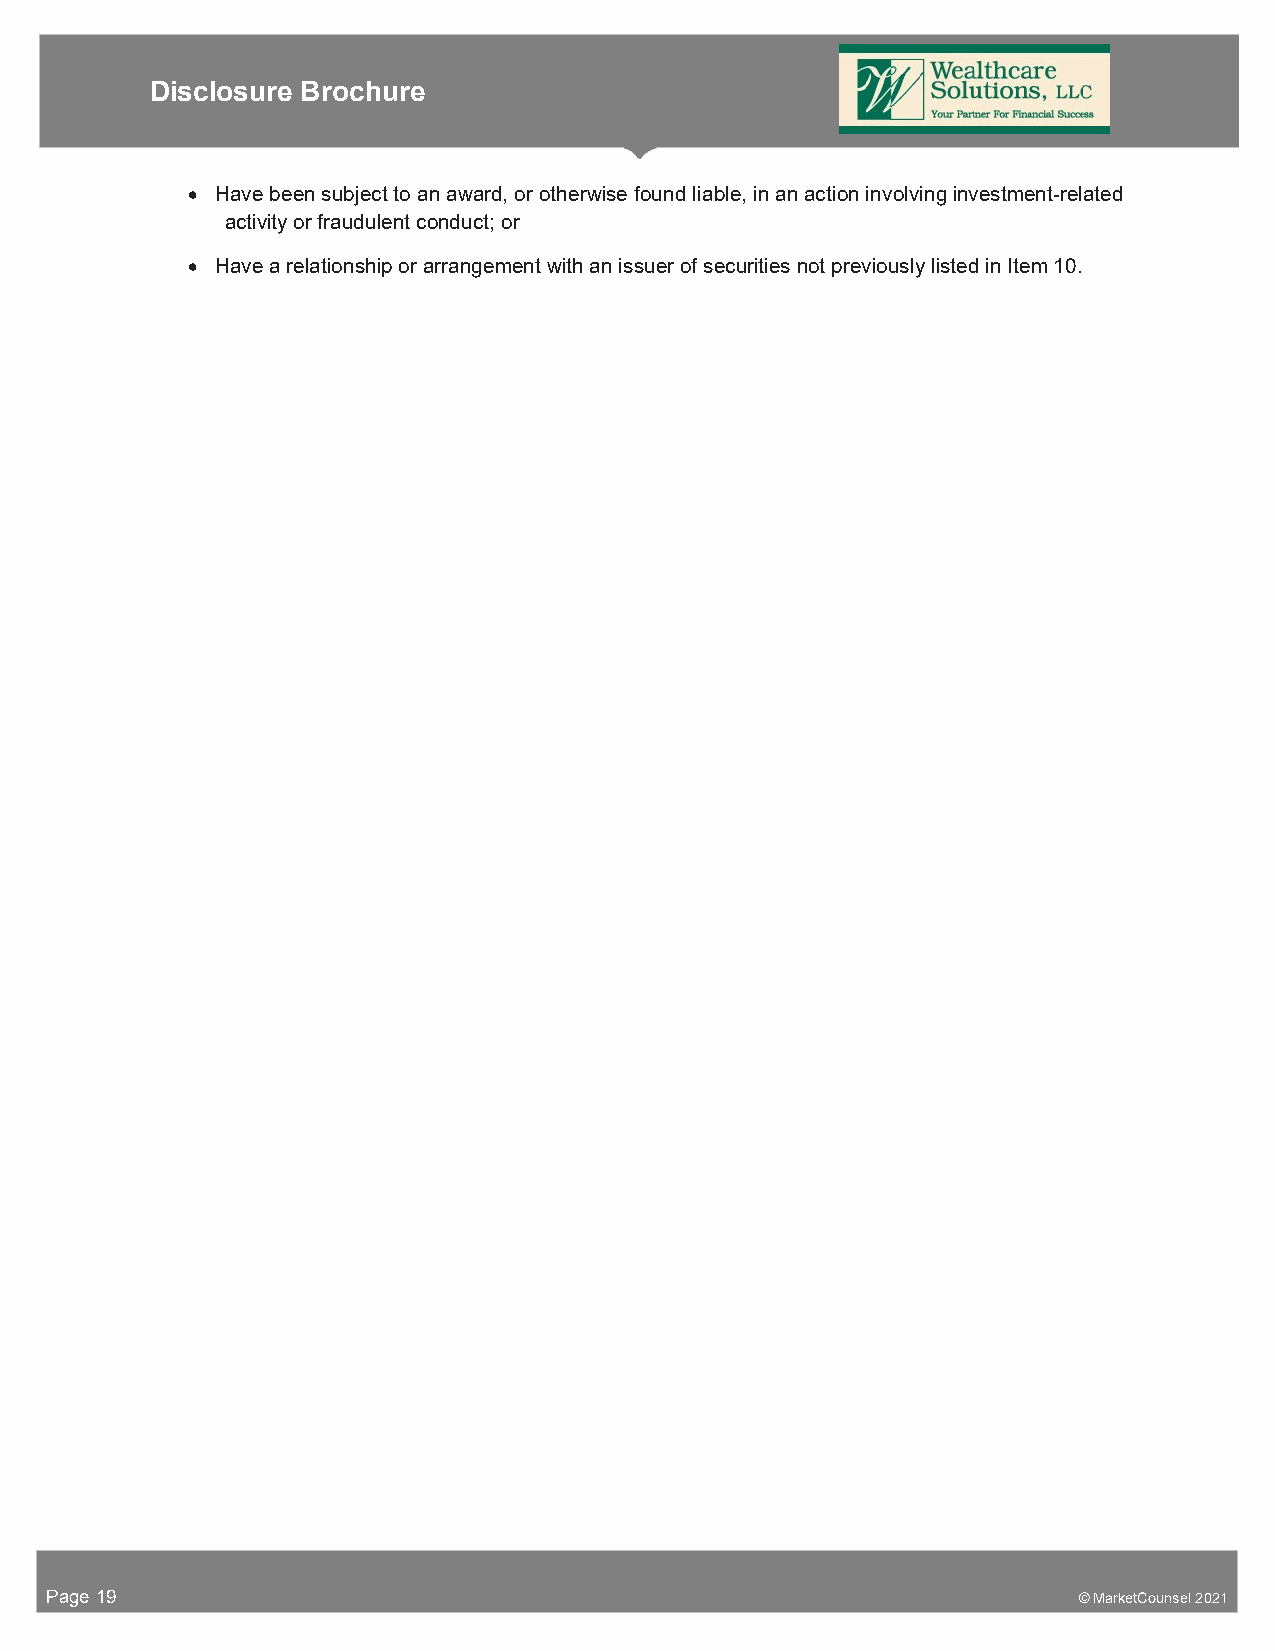
Disclosure Brochure
  Have been subject to an award, or otherwise found liable, in an action involving investment-related
 activity or fraudulent conduct; or
  Have a relationship or arrangement with an issuer of securities not previously listed in Item 10.
 Page 19                                                             © MarketCounsel 2021